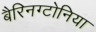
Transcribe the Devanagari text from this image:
बैरिनग्टोनिया